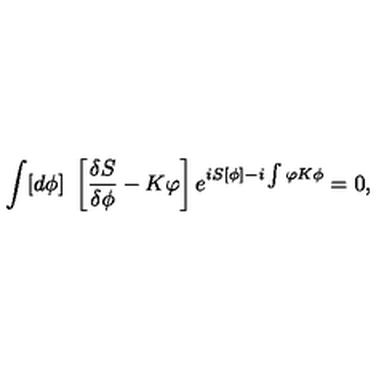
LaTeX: \int [ d \phi ] \ \left[ \frac { \delta S } { \delta \phi } - K \varphi \right] e ^ { i S [ \phi ] - i \int \varphi K \phi } = 0 ,